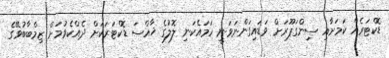
ޑޮކްޓަރެއް ކަމަށާއި ސިންގަޕޫރަށް ވަޑައިގަންނަވަނީ ހަމައެކަނި ލޮލުގެ ޚާއްސަ ޑޮކްޓަރަކަށް ދެއްކެވުމަށް ޒިމްބާބުވޭގެ